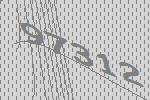
97312